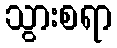
သွားစရာ